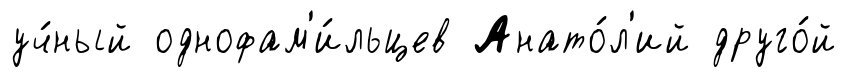
уч́ный однофам'и́льцев Анато́л'ий друго́й